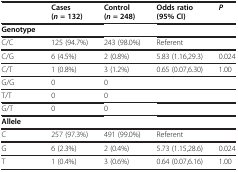
<table><thead><tr><td><b> </b></td><td><b>Cases</b></td><td><b>Control</b></td><td><b>Odds ratio</b></td><td><b><i>P</i></b></td></tr><tr><td><b> </b></td><td><b>(<i>n </i>= 132)</b></td><td><b>(<i>n </i>= 248)</b></td><td><b>(95% CI)</b></td><td><b> </b></td></tr></thead><tbody><tr><td><b>Genotype</b></td><td> </td><td> </td><td> </td><td> </td></tr><tr><td>C/C</td><td>125 (94.7%)</td><td>243 (98.0%)</td><td>Referent</td><td> </td></tr><tr><td>C/G</td><td>6 (4.5%)</td><td>2 (0.8%)</td><td>5.83 (1.16,29.3)</td><td>0.024</td></tr><tr><td>C/T</td><td>1 (0.8%)</td><td>3 (1.2%)</td><td>0.65 (0.07,6.30)</td><td>1.00</td></tr><tr><td>G/G</td><td>0</td><td>0</td><td> </td><td> </td></tr><tr><td>T/T</td><td>0</td><td>0</td><td> </td><td> </td></tr><tr><td>G/T</td><td>0</td><td>0</td><td> </td><td> </td></tr><tr><td><b>Allele</b></td><td> </td><td> </td><td> </td><td> </td></tr><tr><td>C</td><td>257 (97.3%)</td><td>491 (99.0%)</td><td>Referent</td><td> </td></tr><tr><td>G</td><td>6 (2.3%)</td><td>2 (0.4%)</td><td>5.73 (1.15,28.6)</td><td>0.024</td></tr><tr><td>T</td><td>1 (0.4%)</td><td>3 (0.6%)</td><td>0.64 (0.07,6.16)</td><td>1.00</td></tr></tbody></table>